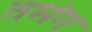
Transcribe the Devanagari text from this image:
तमंग